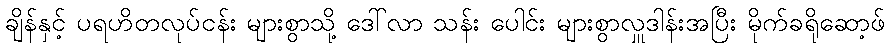
ချိန်နှင့် ပရဟိတလုပ်ငန်း များစွာသို့ ဒေါ်လာ သန်း ပေါင်း များစွာလှူဒါန်းအပြီး မိုက်ခရိုဆော့ဖ်